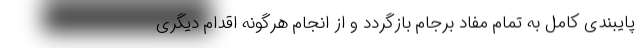
پایبندی کامل به تمام مفاد برجام بازگردد و از انجام هرگونه اقدام دیگری